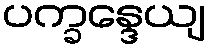
ပက္ခန္ဒေယျ